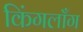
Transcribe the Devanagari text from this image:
किंगलाँग